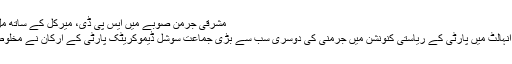
مشرقی جرمن صوبے میں ایس پی ڈی، میرکل کے ساتھ مل کر حکومت بنانے کی مخالف
مشرقی جرمن صوبے سیکسنی انہالٹ میں پارٹی کے ریاستی کنونشن میں جرمنی کی دوسری سب سے بڑی جماعت سوشل ڈیموکریٹک پارٹی کے ارکان نے مخلوط حکومت کے خلاف فیصلہ دیا۔